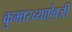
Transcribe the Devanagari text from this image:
कुमारच्याऐवजी